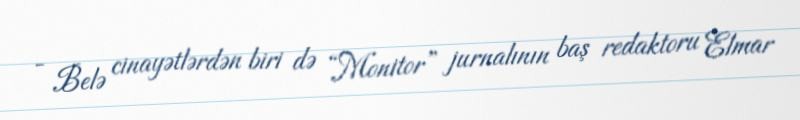
- Belə cinayətlərdən biri də “Monitor” jurnalının baş redaktoru Elmar